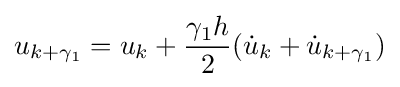
u_{k+\gamma _{1}}=u_{k}+{\frac {\gamma _{1}h}{2}}({\dot {u}}_{k}+{\dot {u}}_{k+\gamma _{1}})